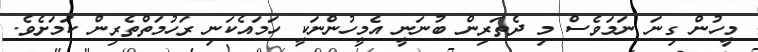
މީހުން ގިނަ ނަމަވެސް މި ދެތަރިން ބުނަނީ އެމީހުންނަކީ ހަމައެކަނި ރަހުމަތްތެރިން ކަމަށެވެ.